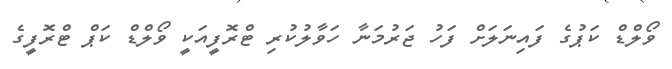
ވޯލްޑް ކަޕުގެ ފައިނަލަށް ފަހު ޖަރުމަނާ ހަވާލުކުރި ޓްރޮފީއަކީ ވޯލްޑް ކަޕް ޓްރޮފީގެ